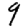
Digit: 9